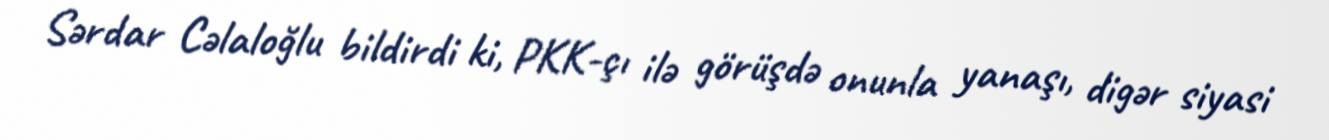
Sərdar Cəlaloğlu bildirdi ki, PKK-çı ilə görüşdə onunla yanaşı, digər siyasi